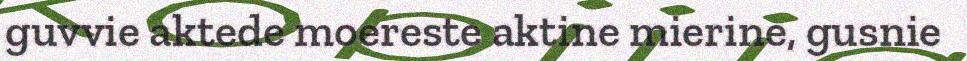
guvvie aktede moereste aktine mierine, gusnie